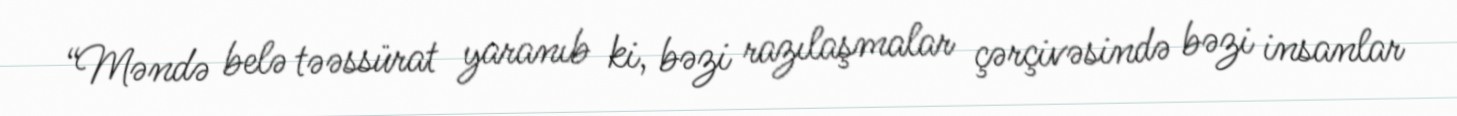
“Məndə belə təəssürat yaranıb ki, bəzi razılaşmalar çərçivəsində bəzi insanlar